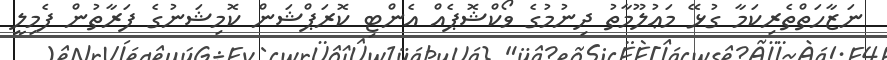
ނަޒާހަތްތެރިކަމާ ގުޅޭ މަޢުލޫމާތު ދިނުމުގެ ވޯކްޝޮޕެއް އެންޓި ކޮރަޕްޝަން ކޮމިޝަނުގެ ފަރާތުން ފެމިލީ